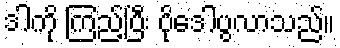
ဒါကို ကြည့်ပြီး ပိုဒေါပွလာသည်။